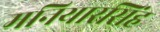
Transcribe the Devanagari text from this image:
मनियारसिंह